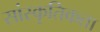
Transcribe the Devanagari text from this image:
सांस्कृतिकता